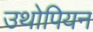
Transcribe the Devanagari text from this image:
उथोपियन